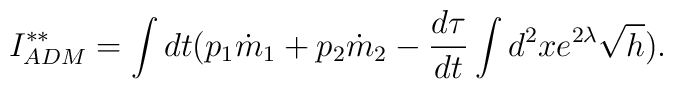
I^{**}_{ADM}=\int dt(p_{1}\dot{m}_{1}+p_{2}\dot{m}_{2}-\frac{d\tau}{dt}              \int d^{2}x e^{2\lambda}\sqrt{h}).